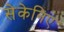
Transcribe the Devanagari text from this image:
सेकेनिए